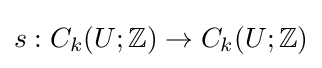
s:C_{k}(U;\mathbb {Z} )\to C_{k}(U;\mathbb {Z} )